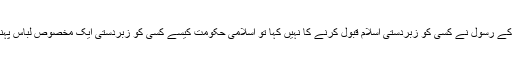
سوال: جب اللہ تعالیٰ اور اس کے رسول نے کسی کو زبردستی اسلام قبول کرنے کا نہیں کہا تو اسلامی حکومت کیسے کسی کو زبردستی ایک مخصوص لباس پہننے پر مجبور کر سکتی ہے؟